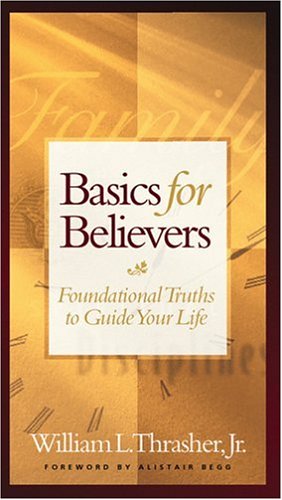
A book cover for Basics for Believers Gift Edition (Basic for Believers); Bill D. Thrasher Jr.; Christian Books & Bibles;